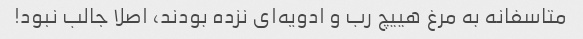
متاسفانه به مرغ هییچ رب و ادویه‌ای نزده بودند، اصلا جالب نبود!